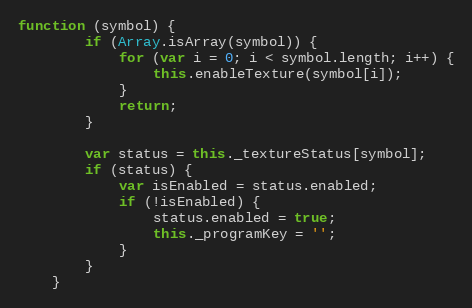
Language: JavaScript
function (symbol) {
        if (Array.isArray(symbol)) {
            for (var i = 0; i < symbol.length; i++) {
                this.enableTexture(symbol[i]);
            }
            return;
        }

        var status = this._textureStatus[symbol];
        if (status) {
            var isEnabled = status.enabled;
            if (!isEnabled) {
                status.enabled = true;
                this._programKey = '';
            }
        }
    }